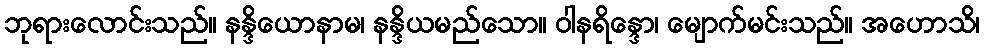
ဘုရားလောင်းသည်။ နန္ဒိယောနာမ၊ နန္ဒိယမည်သော။ ဝါနရိန္ဒော၊ မျောက်မင်းသည်။ အဟောသိ၊